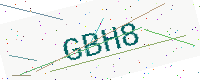
Text: GBH8